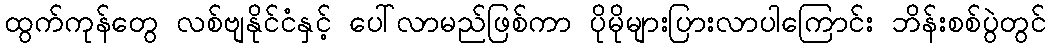
ထွက်ကုန်တွေ လစ်ဗျနိုင်ငံနှင့် ပေါ်လာမည်ဖြစ်ကာ ပိုမိုများပြားလာပါကြောင်း ဘိန်းစစ်ပွဲတွင်